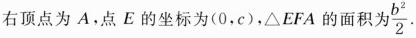
右顶点为A.点E的坐标为(0,c)，△EFA的面积为\frac{b^{2}}{2}.